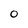
Character: 0